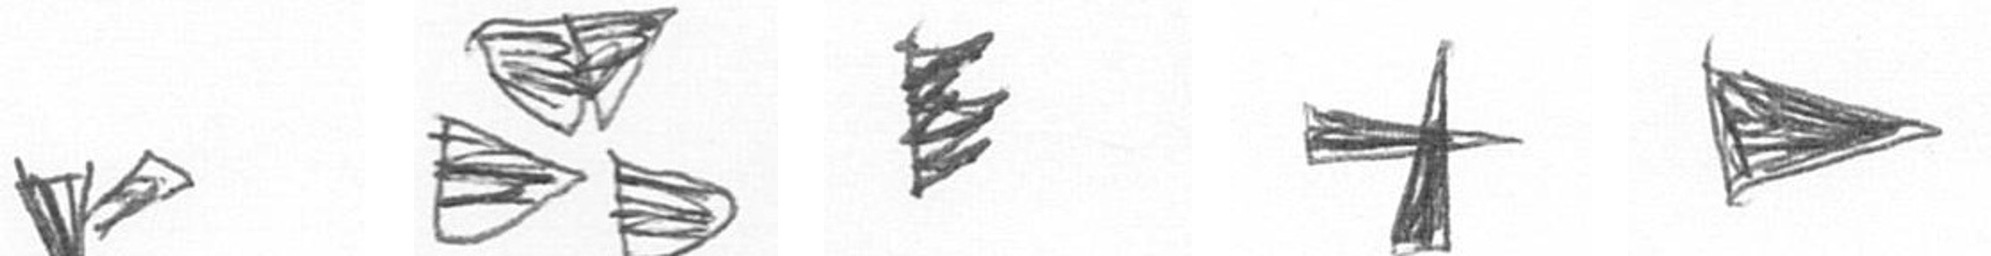
F B H G T